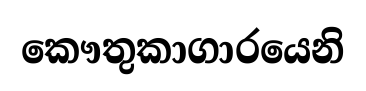
කෞතුකාගාරයෙනි